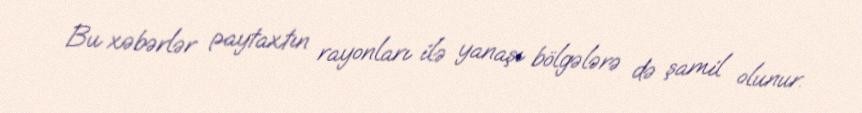
Bu xəbərlər paytaxtın rayonları ilə yanaşı bölgələrə də şamil olunur.